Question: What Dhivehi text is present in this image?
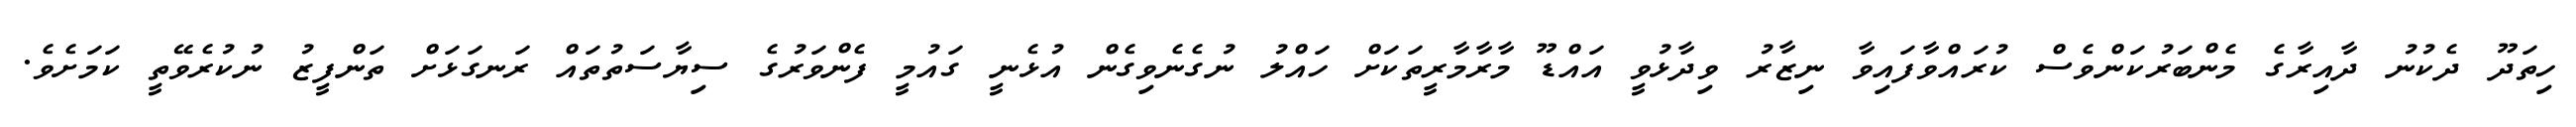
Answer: ހިތަދޫ ދެކުނު ދާއިރާގެ މެންބަރުކަންވެސް ކުރައްވާފައިވާ ނިޒާރު ވިދާޅުވީ އައްޑޫ މާރާމާރީތަކަށް ހައްލު ނުގެނެވިގެން އުޅެނީ ގައުމީ ފެންވަރުގެ ސިޔާސަތުތައް ރަނގަޅަށް ތަންފީޒު ނުކުރެވޭތީ ކަމަށެވެ.